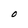
Character: O